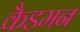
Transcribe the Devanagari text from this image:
कैडमन